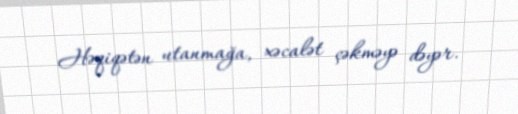
Həqiqətən utanmağa, xəcalət çəkməyə dəyər.